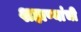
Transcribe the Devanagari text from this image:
शहाण्यांची